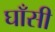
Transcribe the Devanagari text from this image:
घाँसी